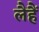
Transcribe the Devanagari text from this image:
लैहैं